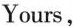
Yours,